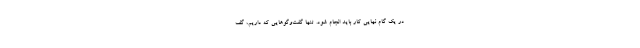
در یک گام نهایی کار باید انجام شود. تنها گفت‌وگوهایی که داریم، گف